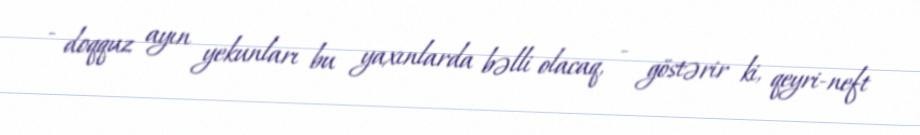
- doqquz ayın yekunları bu yaxınlarda bəlli olacaq, - göstərir ki, qeyri-neft